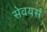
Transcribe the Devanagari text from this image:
सेवयर्स